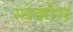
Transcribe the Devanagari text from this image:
स्वेर्कोस